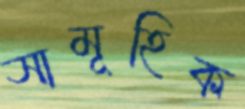
সামূহিক